Indian journal of veterinary science and animal husbandry - Volumes 18-21, 1948-1951
Year: 1948
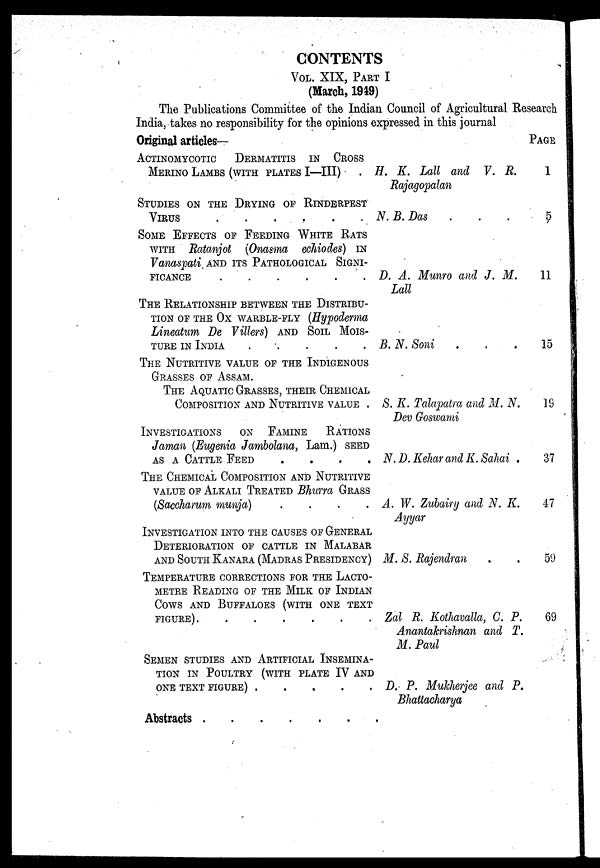
CONTENTS
VOL. XIX, PART I
(March, 1949)
The Publications Committee of the Indian Council of Agricultural Research
India, takes no responsibility for the opinions expressed in this journal
Original articles—
ACTINOMYCOTIC
DERMATITIS IN CROSS
MERINO LAMBS (WITH PLATES I—III) .
STUDIES ON THE DRYING OF RINDERPEST
VIRUS
SOME EFFECTS OF FEEDING WHITE RATS
WITH Ratanjot (Onasma echiodes) IN
Vanaspati AND ITS PATHOLOGICAL SIGNI-
FICANCE
THE RELATIONSHIP BETWEEN THE DISTRIBU-
TION OF THE OX WARBLE-FLY (Hypoderma
Lineatum Be Villers) AND SOIL MOIS-
TURE IN INDIA
THE NUTRITIVE VALUE OF THE INDIGENOUS
GRASSES OF ASSAM.
THE AQUATIC GRASSES, THEIR CHEMICAL
COMPOSITION AND NUTRITIVE VALUE .
INVESTIGATIONS
ON FAMINE
RATIONS
Jaman (Eugenia Jambolana, Lam.) SEED
AS A CATTLE FEED
.
.
.
.
THE CHEMICAL COMPOSITION AND NUTRITIVE
VALUE OF ALKALI TREATED Bhurra GRASS
(Saccharum munja)
.
.
.
.
INVESTIGATION INTO THE CAUSES OF GENERAL
DETERIORATION OF CATTLE IN MALABAR
AND SOUTH KANARA (MADRAS PRESIDENCY)
TEMPERATURE CORRECTIONS FOR THE LACTO-
METRE READING OF THE MILK OF INDIAN
COWS AND BUFFALOES (WITH ONE TEXT
FIGURE)
SEMEN STUDIES AND ARTIFICIAL INSEMINA-
TION IN POULTRY (WITH PLATE IV AND
ONE TEXT FIGURE)
Abstracts
H. K. Lall and V. R.
Rajagopalan
N. B. Das . . .
D. A. Munro and J. M.
Lall
B. N. Soni . . .
S. K. Talapatra and M. N.
Dev Goswami
N. D. Kehar and K. Sahai .
A. W. Zubairy and N. K.
Ayyar
M. S. Rajendran . .
Zal R. Kothavalla, C. P.
Anantakrishnan and T.
M. Paul
D. P. Mukherjee and P.
Bhattacharya
PAGE
1
5
11
15
19
37
47
59
69